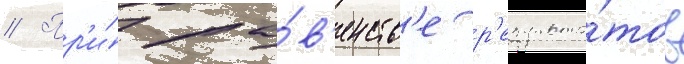
// Пр'и́ ра́в'енств'е р'езульта́тов